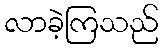
လာခဲ့ကြသည်